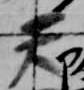
天